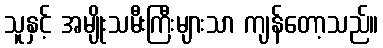
သူနှင့် အမျိုးသမီးကြီးများသာ ကျန်တော့သည်။